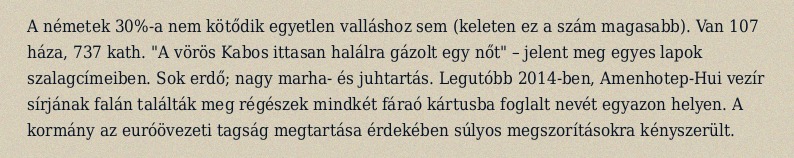
A németek 30%-a nem kötődik egyetlen valláshoz sem (keleten ez a szám magasabb). Van 107 háza, 737 kath. "A vörös Kabos ittasan halálra gázolt egy nőt" – jelent meg egyes lapok szalagcímeiben. Sok erdő; nagy marha- és juhtartás. Legutóbb 2014-ben, Amenhotep-Hui vezír sírjának falán találták meg régészek mindkét fáraó kártusba foglalt nevét egyazon helyen. A kormány az euróövezeti tagság megtartása érdekében súlyos megszorításokra kényszerült.